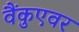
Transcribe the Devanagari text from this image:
वैंकुएवर